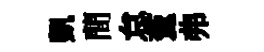
凱蕳怠藑弗